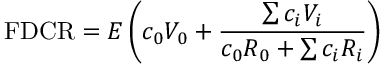
\mathrm { F D C R } = E \left( c _ { 0 } V _ { 0 } + { \frac { \sum c _ { i } V _ { i } } { c _ { 0 } R _ { 0 } + \sum c _ { i } R _ { i } } } \right)